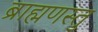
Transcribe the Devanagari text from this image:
ब्राह्मणस्तु